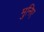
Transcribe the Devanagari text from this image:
मुनिए